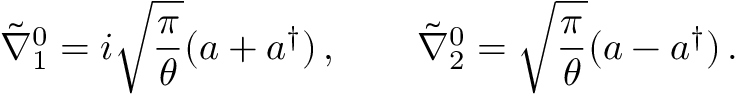
\tilde { \nabla } _ { 1 } ^ { 0 } = i \sqrt { \frac { \pi } { \theta } } ( a + a ^ { \dagger } ) \, , \qquad \tilde { \nabla } _ { 2 } ^ { 0 } = \sqrt { \frac { \pi } { \theta } } ( a - a ^ { \dagger } ) \, .